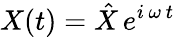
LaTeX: X(t)=\hat{X}\, e^{i\, \omega\, t}